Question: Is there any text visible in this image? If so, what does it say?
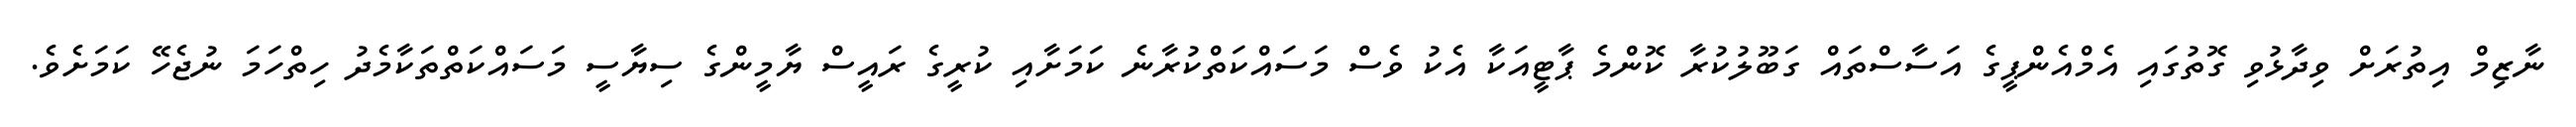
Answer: ނާޒިމް އިތުރަށް ވިދާޅުވި ގޮތުގައި އެމްއެންޕީގެ އަސާސްތައް ގަބޫލުކުރާ ކޮންމެ ޕާޓީއަކާ އެކު ވެސް މަސައްކަތްކުރާނެ ކަމަށާއި ކުރީގެ ރައީސް ޔާމީންގެ ސިޔާސީ މަސައްކަތްތަކާމެދު ހިތްހަމަ ނުޖެހޭ ކަމަށެވެ.